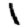
Digit: 1